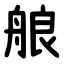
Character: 艆